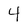
Character: 4